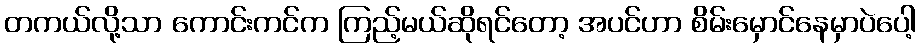
တကယ်လို့သာ ကောင်းကင်က ကြည့်မယ်ဆိုရင်တော့ အပင်ဟာ စိမ်းမှောင်နေမှာပဲပေါ့